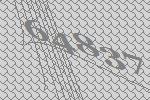
64837